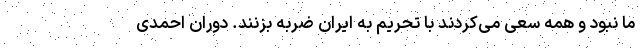
ما نبود و همه سعی می‌کردند با تحریم به ایران ضربه بزنند. دوران احمدی